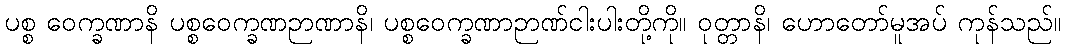
ပစ္စ ဝေက္ခဏာနိ ပစ္စဝေက္ခဏဉာဏာနိ၊ ပစ္စဝေက္ခဏာဉာဏ်ငါးပါးတို့ကို။ ဝုတ္တာနိ၊ ဟောတော်မူအပ် ကုန်သည်။